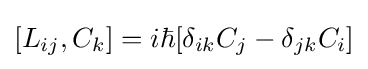
[L_{ij},C_{k}]=i\hbar [\delta _{ik}C_{j}-\delta _{jk}C_{i}]